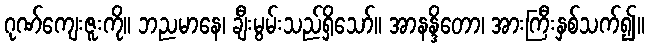
ဂုဏ်ကျေးဇူးကို။ ဘညမာနေ၊ ချီးမွမ်းသည်ရှိသော်။ အာနန္ဒိတော၊ အားကြီးနှစ်သက်၍။